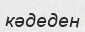
кәдеден